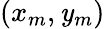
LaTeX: (x_{m},\mathit{y}_{m})